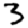
Digit: 3